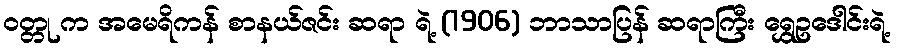
ဝတ္တု က အမေရိကန် စာနယ်ဇင်း ဆရာ ရဲ့ (1906) ဘာသာပြန် ဆရာကြီး ရွှေဥဒေါင်းရဲ့